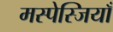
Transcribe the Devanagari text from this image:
मस्पेस्जियाँ